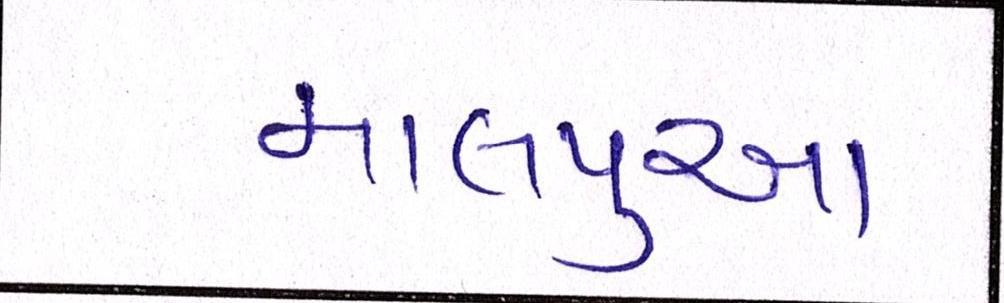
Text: માલપુઆ